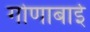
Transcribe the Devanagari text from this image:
गोणाबाई